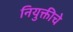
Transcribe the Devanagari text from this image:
नियुक्तीचे